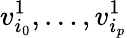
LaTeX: v_{i_{0}}^{1},\ldots,v_{i_{p}}^{1}